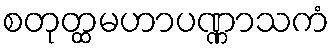
စတုတ္ထမဟာပဏ္ဏာသကံ